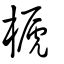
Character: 榹